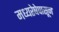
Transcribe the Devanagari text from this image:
मध्यरेषेपासून